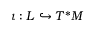
\iota : L \hookrightarrow T ^ { * } M